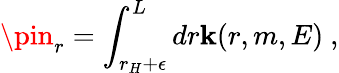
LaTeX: \pin_{r}=\int_{r_{H}+\epsilon}^{L}dr\mathbf{k}(r,m,E)~,